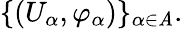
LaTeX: \{ (U_{\alpha},\varphi_{\alpha})\} _{\alpha\in\mathit{A}}.